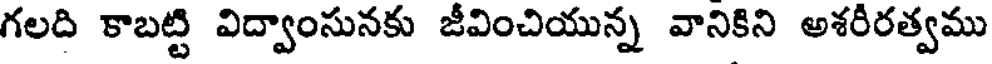
గలది కాబట్టి విద్వాంసునకు జీవించియున్న వానికిని అశరీరత్వము